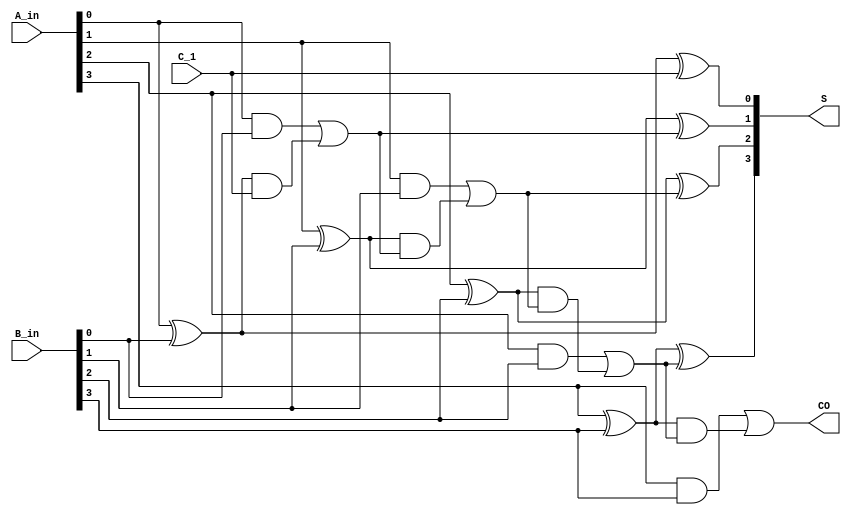

//Pi=Ai^Bi   Gi=AiBi    Si=Pi^Ci-1    Ci=Gi+Pi^Ci-1

`timescale 1ns/1ns

module lca_4(
	input		[3:0]       A_in  ,
	input	    [3:0]		B_in  ,
    input                   C_1   ,
 
 	output	 wire			CO    ,
	output   wire [3:0]	    S
);
wire G0,G1,G2,G3;
wire P0,P1,P2,P3;
wire C0,C1,C2;
assign G0=A_in[0]&&B_in[0];
assign P0=A_in[0]^B_in[0];
assign S[0]=P0^C_1;
assign C0=G0|(P0&&C_1);

assign G1=A_in[1]&&B_in[1];
assign P1=A_in[1]^B_in[1];
assign S[1]=P1^C0;
assign C1=G1|(P1&&C0);

assign G2=A_in[2]&&B_in[2];
assign P2=A_in[2]^B_in[2];
assign S[2]=P2^C1;
assign C2=G2|(P2&&C1);

assign G3=A_in[3]&&B_in[3];
assign P3=A_in[3]^B_in[3];
assign S[3]=P3^C2;
assign CO=G3|(P3&&C2);


endmodule